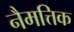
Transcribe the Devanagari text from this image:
नैमत्तिक